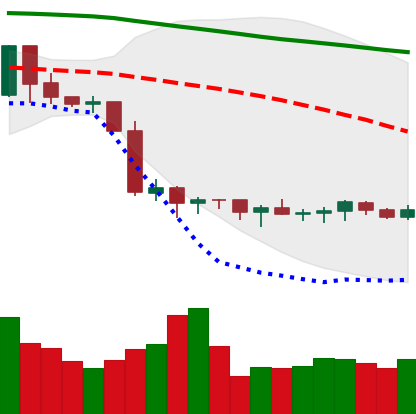
Ticker: XMR-USD
Chart end date: 2019-10-07
Forward return: -4.847%
Label: down_3_5